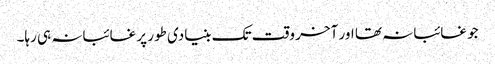
جو غائبانہ تھا اور آخر وقت تک بنیادی طور پر غائبانہ ہی رہا۔